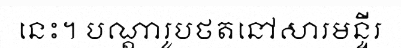
នេះ។ បណ្តារូបថតនៅសារមន្ទីរ